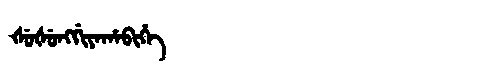
Manchu: ᡧᡠᡧᡠᠩᡤᡳᠶᠠᡥᠠᠪᡳᡥᡝ
Romanization: ŠUŠUNGGIYAHABIHE